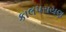
કાલપરાયણ